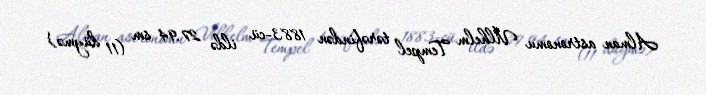
Alman astronomu Vilhelm Tempel tərəfindən 1883-cü ildə 27.94 sm (11 düymə)